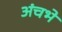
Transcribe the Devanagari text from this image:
अंचभे